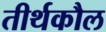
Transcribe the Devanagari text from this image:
तीर्थकौल